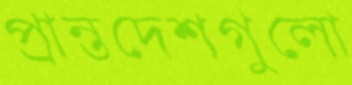
প্রান্তদেশগুলো